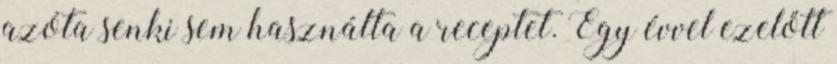
azóta senki sem használta a receptet. Egy évvel ezelőtt